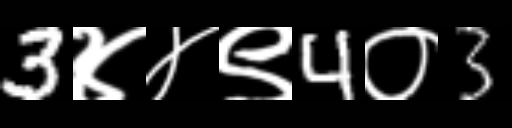
Text: 3४४९4०3